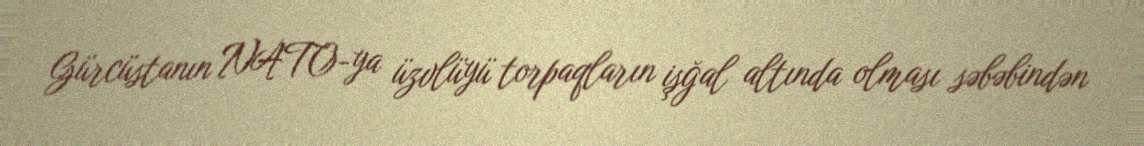
Gürcüstanın NATO-ya üzvlüyü torpaqların işğal altında olması səbəbindən